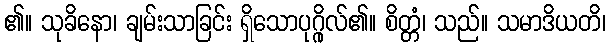
၏။ သုခိနော၊ ချမ်းသာခြင်း ရှိသောပုဂ္ဂိုလ်၏။ စိတ္တံ၊ သည်။ သမာဒိယတိ၊